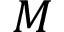
M